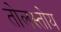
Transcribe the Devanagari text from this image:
तोलस्तोय